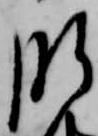
肝